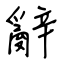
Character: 辭